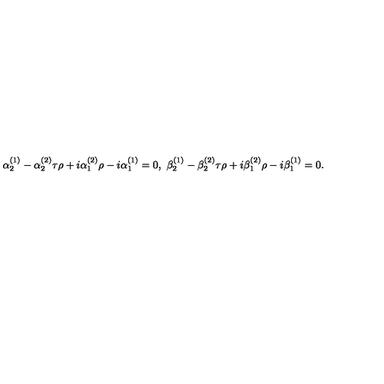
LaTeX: \alpha _ { 2 } ^ { ( 1 ) } - \alpha _ { 2 } ^ { ( 2 ) } \tau \rho + i \alpha _ { 1 } ^ { ( 2 ) } \rho - i \alpha _ { 1 } ^ { ( 1 ) } = 0 , \ \beta _ { 2 } ^ { ( 1 ) } - \beta _ { 2 } ^ { ( 2 ) } \tau \rho + i \beta _ { 1 } ^ { ( 2 ) } \rho - i \beta _ { 1 } ^ { ( 1 ) } = 0 .